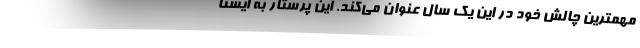
مهمترین چالش خود در این یک سال عنوان می‌کند. این پرستار به ایسنا